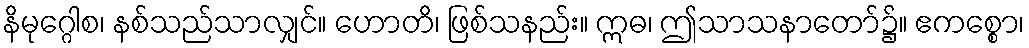
နိမုဂ္ဂေါစ၊ နစ်သည်သာလျှင်။ ဟောတိ၊ ဖြစ်သနည်း။ ဣဓ၊ ဤသာသနာတော်၌။ ဧကစ္စော၊